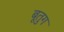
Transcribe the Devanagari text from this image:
बूतुग